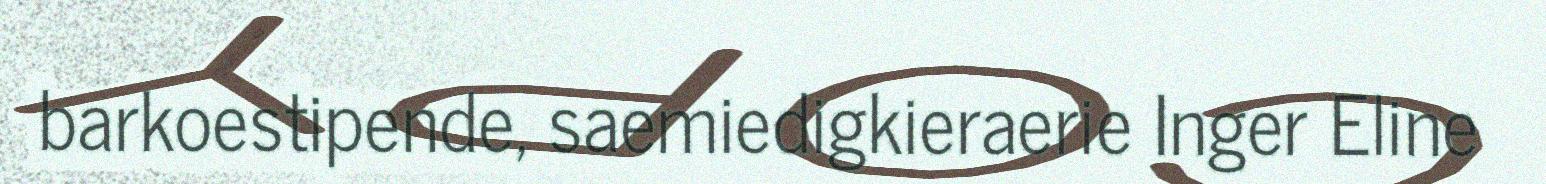
barkoestipende, saemiedigkieraerie Inger Eline